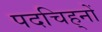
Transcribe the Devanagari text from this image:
पदचिह्‌नों